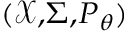
\scriptstyle ( { \mathcal { X } } , \Sigma , P _ { \theta } )